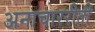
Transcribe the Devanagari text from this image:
अनाचाररीती